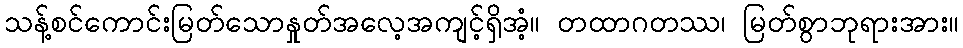
သန့်စင်ကောင်းမြတ်သောနှုတ်အလေ့အကျင့်ရှိအံ့။ တထာဂတဿ၊ မြတ်စွာဘုရားအား။